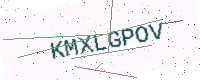
Text: KMXLGPOV